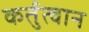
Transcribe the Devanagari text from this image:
कर्तुत्वान